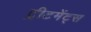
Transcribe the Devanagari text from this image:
ट्रीटमेंट्स